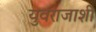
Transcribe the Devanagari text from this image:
युवराजाशी